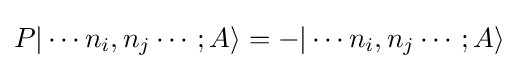
P|\cdots n_{i},n_{j}\cdots ;A\rangle =-|\cdots n_{i},n_{j}\cdots ;A\rangle